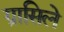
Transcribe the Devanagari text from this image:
ग्रासिले